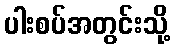
ပါးစပ်အတွင်းသို့